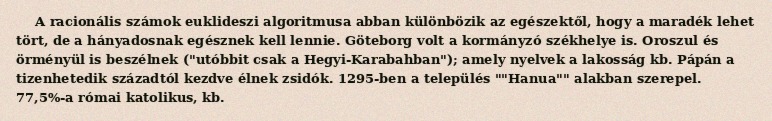
A racionális számok euklideszi algoritmusa abban különbözik az egészektől, hogy a maradék lehet tört, de a hányadosnak egésznek kell lennie. Göteborg volt a kormányzó székhelye is. Oroszul és örményül is beszélnek ("utóbbit csak a Hegyi-Karabahban"); amely nyelvek a lakosság kb. Pápán a tizenhetedik századtól kezdve élnek zsidók. 1295-ben a település ""Hanua"" alakban szerepel. 77,5%-a római katolikus, kb.